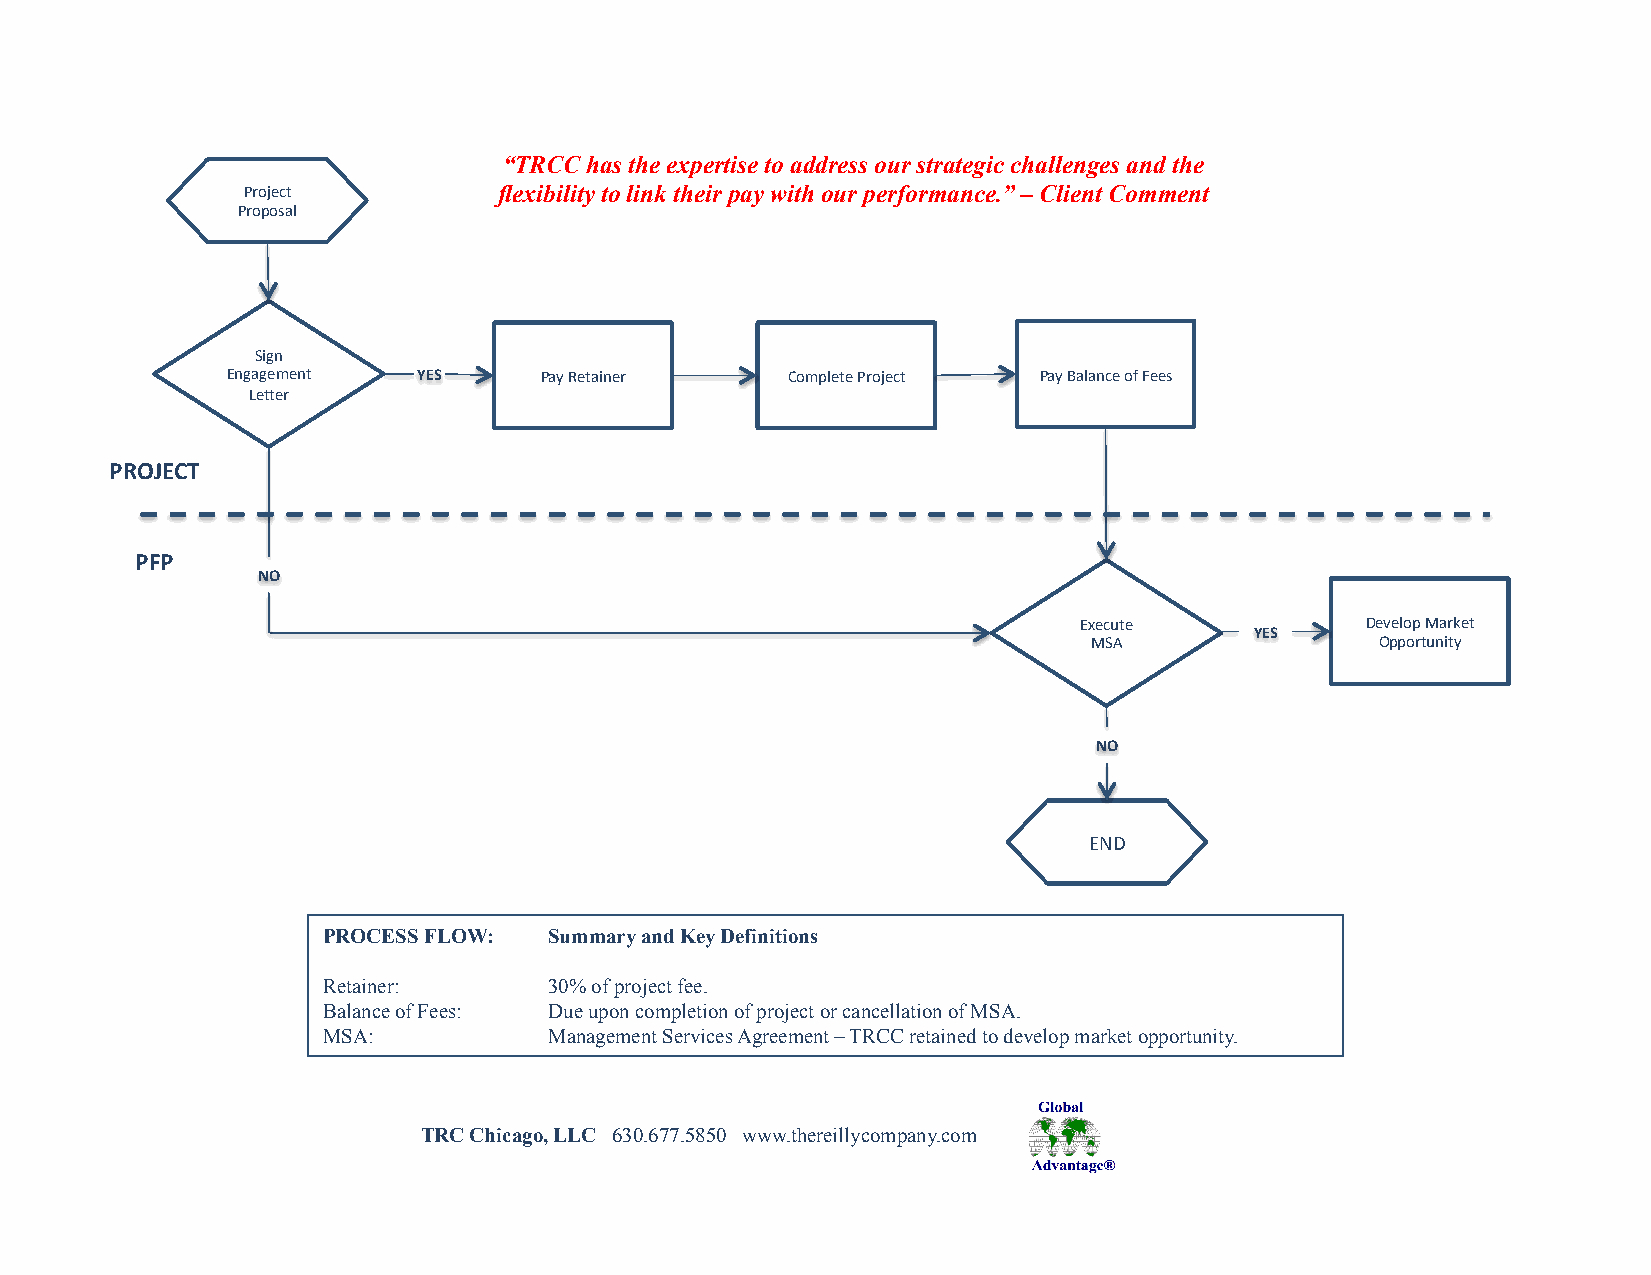
“TRCC has the expertise to address our strategic challenges and the
 Project          flexibility to link their pay with our performance.” – Client Comment
 Proposal
 Sign
 Engagement   YES     Pay Retainer    Complete Project Pay Balance of Fees
 LeBer
 PROJECT
 PFP
 NO
 Execute            Develop Market
 YES
 MSA                Opportunity
 NO
 END
 PROCESS FLOW:  Summary and Key Definitions
 Retainer:      30% of project fee.
 Balance of Fees: Due upon completion of project or cancellation of MSA.
 MSA:           Management Services Agreement – TRCC retained to develop market opportunity.
 TRC Chicago, LLC 630.677.5850 www.thereillycompany.com